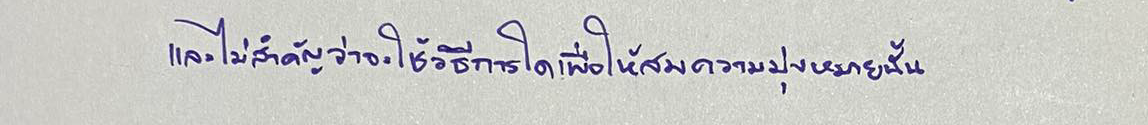
และไม่สำคัญว่าจะใช้วิธีการใดเพื่อให้สมความมุ่งหมายนั้น